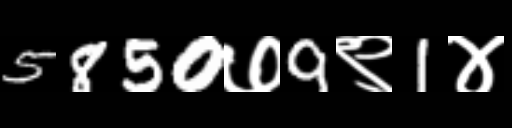
Text: 5850७9९1४